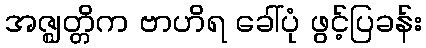
အဇ္ဈတ္တိက ဗာဟိရ ခေါ်ပုံ ဖွင့်ပြခန်း